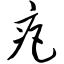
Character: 疤